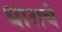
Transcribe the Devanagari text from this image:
धाराचे